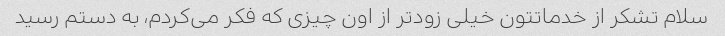
سلام تشکر از خدماتتون خیلی زودتر از اون چیزی که فکر می‌کردم، به دستم رسید